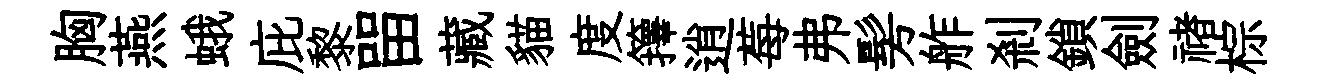
胸燕蛾庇黎㽞藏貓度籜逍莓弗髣舴剎鎖劍禇棕